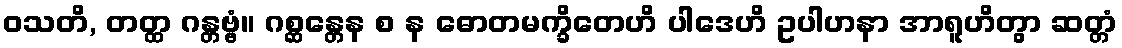
ဝသတိ, တတ္ထ ဂန္တဗ္ဗံ။ ဂစ္ဆန္တေန စ န ဓောတမက္ခိတေဟိ ပါဒေဟိ ဥပါဟနာ အာရူဟိတွာ ဆတ္တံ